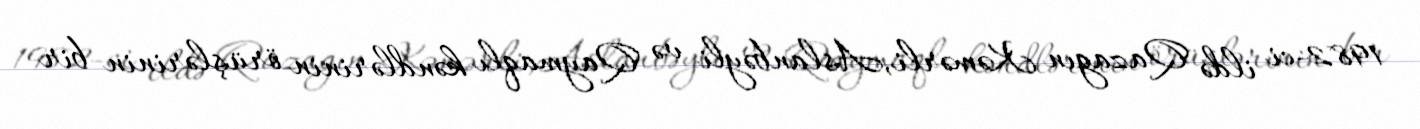
1982-ci ildə Qazagın Kəmərli,Aslanbəyli və Qaymaqlı kəndlərinin örüşlərinin bir